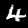
Digit: 4